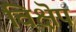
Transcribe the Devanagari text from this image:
विक्षॆप